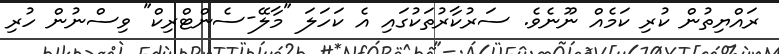
ރައްޔިތުން ކުރި ކަމެއް ނޫނެވެ. ސަރުކާރުތަކުގައި އެ ކަހަލަ "މާލޭ-ސެންޓްރިކް" ވިސްނުން ހުރި